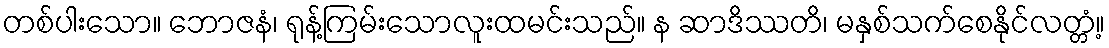
တစ်ပါးသော။ ဘောဇနံ၊ ရုန့်ကြမ်းသောလူးထမင်းသည်။ န ဆာဒိဿတိ၊ မနှစ်သက်စေနိုင်လတ္တံ့။